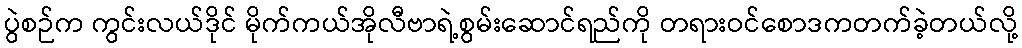
ပွဲစဉ်က ကွင်းလယ်ဒိုင် မိုက်ကယ်အိုလီဗာရဲ့စွမ်းဆောင်ရည်ကို တရားဝင်စောဒကတက်ခဲ့တယ်လို့